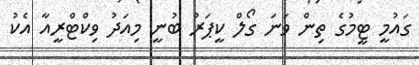
ގައުމީ ޓީމުގެ ތިން ވަނަ ގޯލް ކީޕަރު ބުނީ މިއަދު ވިކްޓްރީއާ އެކު